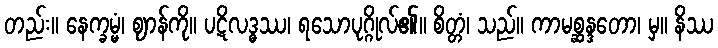
တည်း။ နေက္ခမ္မံ၊ ဈာန်ကို။ ပဋိလဒ္ဓဿ၊ ရသောပုဂ္ဂိုလ်၏။ စိတ္တံ၊ သည်။ ကာမစ္ဆန္ဒတော၊ မှ။ နိဿ